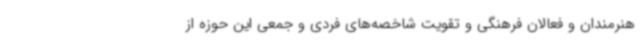
هنرمندان و فعالان فرهنگی و تقویت شاخصه‌های فردی و جمعی این حوزه از